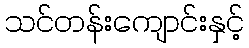
သင်တန်းကျောင်းနှင့်